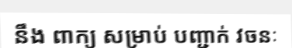
នឹង ពាក្យ សម្រាប់ បញ្ជាក់ វចនៈ